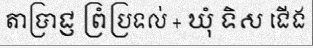
តាប្រាជ្ញ ព្រំប្រទល់ + ឃុំ ទិស ជើង